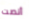
أنصت